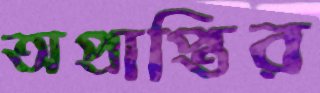
অপ্রাপ্তির